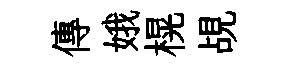
傳娥榥覘